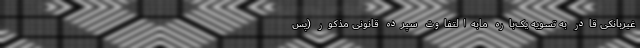
غیربانکی قادر به تسویه یک‌باره مابه‌التفاوت سپرده قانونی مذکور (پس